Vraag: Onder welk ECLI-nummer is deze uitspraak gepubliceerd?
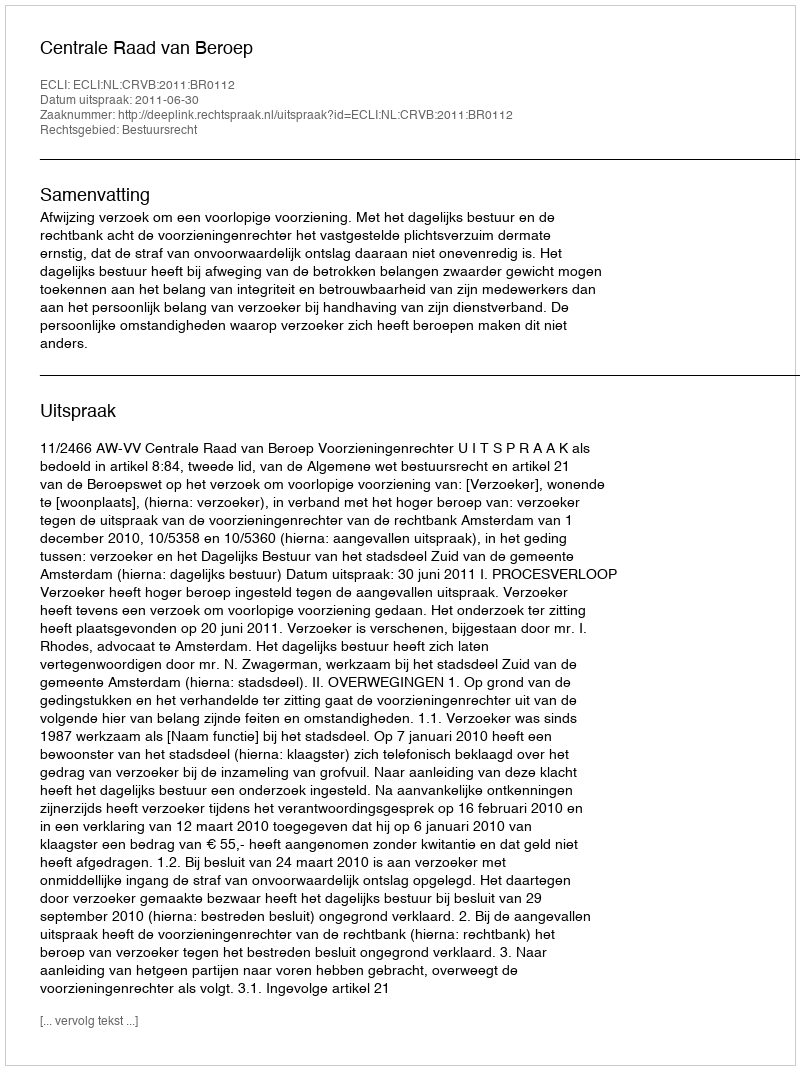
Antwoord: ECLI:NL:CRVB:2011:BR0112